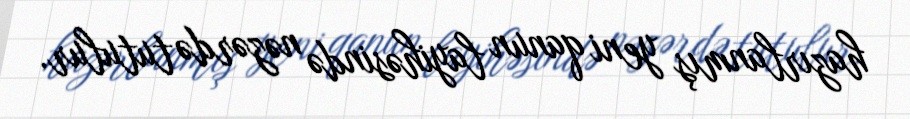
hazırlanmış yeni qanun layihəsində nəzərdə tutulur.